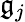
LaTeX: \mathfrak{g}_{j}